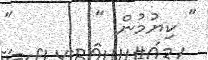
" ކިޔުމުން "       "